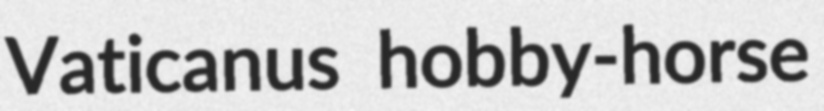
Vaticanus hobby-horse